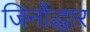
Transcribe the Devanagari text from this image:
जिर्नोद्धार